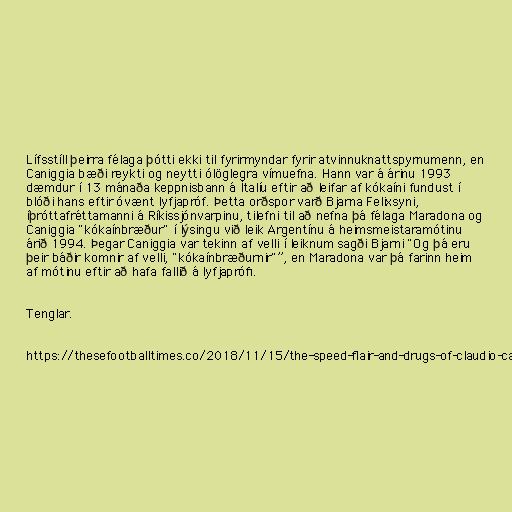
Lífsstíll þeirra félaga þótti ekki til fyrirmyndar fyrir atvinnuknattspyrnumenn, en
Caniggia bæði reykti og neytti ólöglegra vímuefna. Hann var á árinu 1993
dæmdur í 13 mánaða keppnisbann á Ítalíu eftir að leifar af kókaíni fundust í
blóði hans eftir óvænt lyfjapróf. Þetta orðspor varð Bjarna Felixsyni,
íþróttafréttamanni á Ríkissjónvarpinu, tilefni til að nefna þá félaga Maradona og
Caniggia "kókaínbræður" í lýsingu við leik Argentínu á heimsmeistaramótinu
árið 1994. Þegar Caniggia var tekinn af velli í leiknum sagði Bjarni "Og þá eru
þeir báðir komnir af velli, "kókaínbræðurnir"”, en Maradona var þá farinn heim
af mótinu eftir að hafa fallið á lyfjaprófi.

Tenglar.

https://thesefootballtimes.co/2018/11/15/the-speed-flair-and-drugs-of-claudio-caniggia-an-icon-who-lived-on-the-edge-of-greatness/